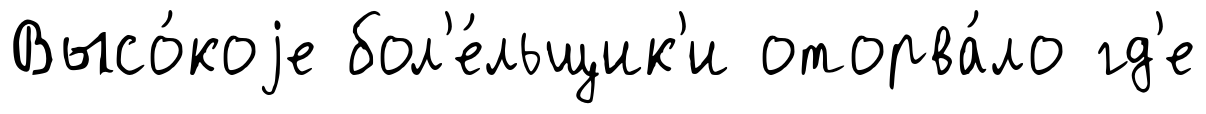
Высо́коjе бол'е́льщик'и оторва́ло гд'е